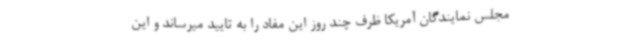
مجلس نمایندگان آمریکا ظرف چند روز این مفاد را به تایید میرساند و این